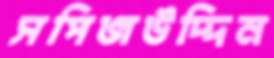
সপিজউদ্দিন